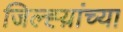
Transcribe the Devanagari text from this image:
जिल्ह्य़ांच्या